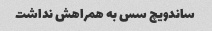
ساندویچ سس به همراهش نداشت